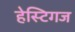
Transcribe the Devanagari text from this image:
हेस्टिगज